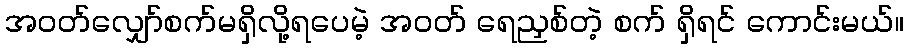
အဝတ်လျှော်စက်မရှိလို့ရပေမဲ့ အဝတ် ရေညှစ်တဲ့ စက် ရှိရင် ကောင်းမယ်။